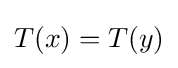
T(x)=T(y)